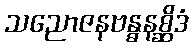
သညောဇနဗန္ဓနစ္ဆိဒံ